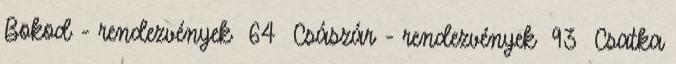
Bokod - rendezvények 64 Császár - rendezvények 93 Csatka